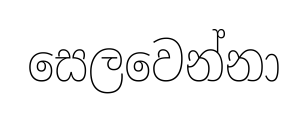
සෙලවෙන්නා